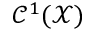
\mathcal { C } ^ { 1 } ( \mathcal X )